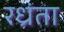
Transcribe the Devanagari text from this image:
रध्रंता